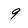
Character: 9